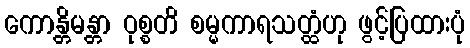
ကောန္တိမန္တာ ဝုစ္စတိ စမ္မကာရသတ္ထံဟု ဖွင့်ပြထားပုံ